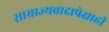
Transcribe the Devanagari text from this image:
साम्राज्यवादापेक्षाही